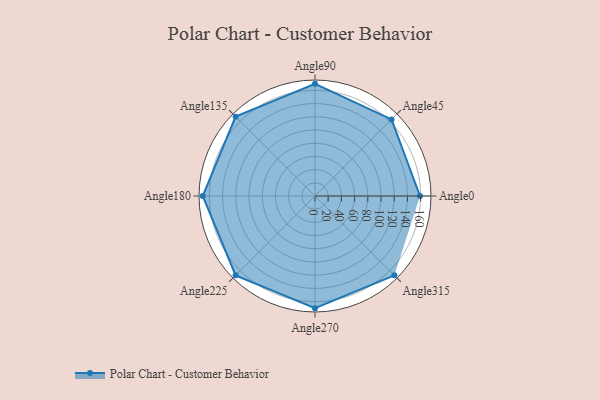
{"axis": {"x": "Angle", "y": "Radius"}, "legend": [""], "data": [{"x": "Angle0", "y": 159.0, "type": ""}, {"x": "Angle45", "y": 164.0, "type": ""}, {"x": "Angle90", "y": 170.0, "type": ""}, {"x": "Angle135", "y": 170, "type": ""}, {"x": "Angle180", "y": 170, "type": ""}, {"x": "Angle225", "y": 170, "type": ""}, {"x": "Angle270", "y": 170, "type": ""}, {"x": "Angle315", "y": 170, "type": ""}]}